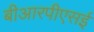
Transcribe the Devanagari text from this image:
बीआरपीएसई